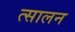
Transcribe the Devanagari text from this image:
त्सालन